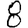
Digit: 8